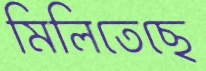
মিলিতেছে